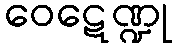
ဝေဋေဏ္ဍု